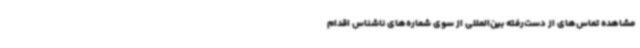
مشاهده تماس‌های از دست‌رفته بین‌المللی از سوی شماره‌های ناشناس اقدام